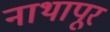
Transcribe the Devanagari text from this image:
नाथापूर